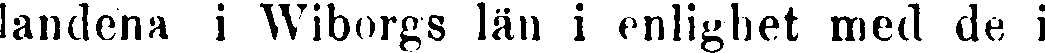
landena i Wiborgs län i enlighet med de i